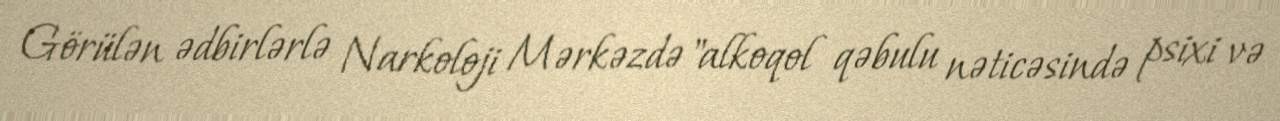
Görülən ədbirlərlə Narkoloji Mərkəzdə "alkoqol qəbulu nəticəsində psixi və